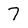
Character: 7